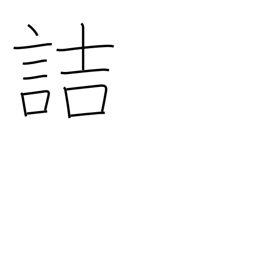
Meaning: blame